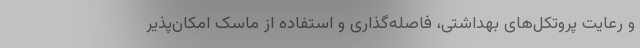
و رعایت پروتکل‌های بهداشتی، فاصله‌گذاری و استفاده از ماسک امکان‌پذیر